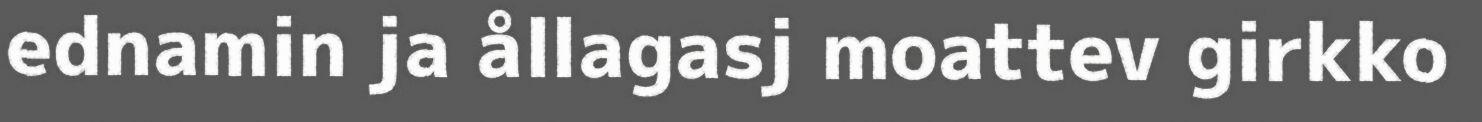
ednamin ja ållagasj moattev girkko